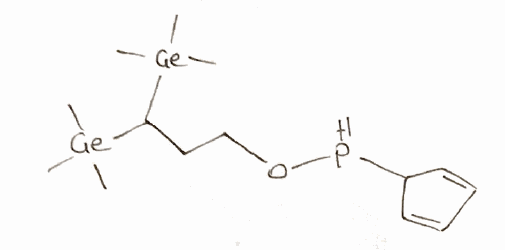
Simplified molecular-input line-entry system (SMILES) notation of the given molecule:
C[Ge](C)(C)C(CCOPC1C=CC=C1)[Ge](C)(C)C